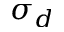
\sigma _ { d }